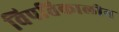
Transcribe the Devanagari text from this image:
विपत्तिकालीन